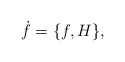
\begin{align*} \dot{f} = \{ f,H \},\end{align*}